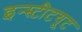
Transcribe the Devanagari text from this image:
इन्‍स्‍टीटयूट